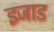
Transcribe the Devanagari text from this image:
इजाड